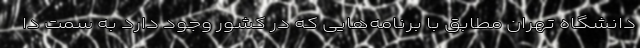
دانشگاه تهران مطابق با برنامه‌هایی که در کشور وجود دارد به سمت دا